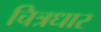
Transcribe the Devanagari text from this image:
चित्रधार